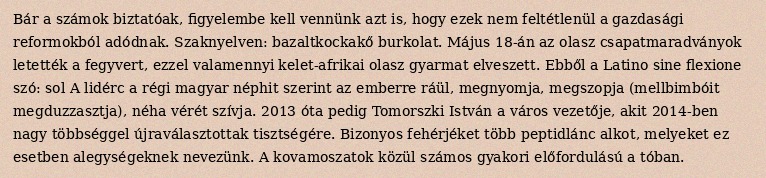
Bár a számok biztatóak, figyelembe kell vennünk azt is, hogy ezek nem feltétlenül a gazdasági reformokból adódnak. Szaknyelven: bazaltkockakő burkolat. Május 18-án az olasz csapatmaradványok letették a fegyvert, ezzel valamennyi kelet-afrikai olasz gyarmat elveszett. Ebből a Latino sine flexione szó: sol A lidérc a régi magyar néphit szerint az emberre ráül, megnyomja, megszopja (mellbimbóit megduzzasztja), néha vérét szívja. 2013 óta pedig Tomorszki István a város vezetője, akit 2014-ben nagy többséggel újraválasztottak tisztségére. Bizonyos fehérjéket több peptidlánc alkot, melyeket ez esetben alegységeknek nevezünk. A kovamoszatok közül számos gyakori előfordulású a tóban.